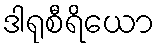
ဒါရုစီရိယော